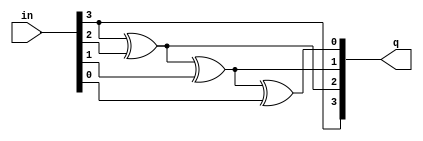
/*
 * Counter Helper Modules
 *
 * Copyright (c) 2017-2021 Alexei A. Smekalkine <ikle@ikle.ru>
 *
 * SPDX-License-Identifier: BSD-2-Clause
 */

`ifndef COUNTER_V
`define COUNTER_V  1

/*
 * gray code inverse function
 */
module gray_inv #(
	parameter W = 4
)(
	input [W-1:0] in, output [W-1:0] q
);
	genvar i;

	assign q[W-1] = in[W-1];

	for (i = W-2; i >= 0; i = i - 1)
		assign q[i] = q[i+1] ^ in[i];
endmodule

module gray_counter #(
	parameter W = 4
)(
	input reset, input clock, output reg [W-1:0] q
);
	wire [W-1:0] value, next;

	gray_inv #(W) gi0 (q, value);

	assign next = value + 1;

	always @(posedge reset or posedge clock) #1
		if (reset)
			q <= 0;
		else
			q <= next ^ (next >> 1);
endmodule

`endif  /* COUNTER_V */